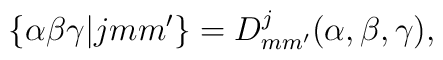
\{  \alpha  \beta  \gamma  |jmm'\}= D^j_{mm'}  ( \alpha  ,\beta , \gamma  ),